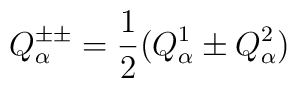
Q^{\pm\pm}_\alpha = {1\over 2}(Q^1_\alpha \pm Q^2_\alpha)